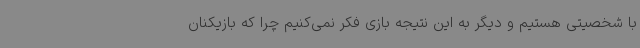
با شخصیتی هستیم و دیگر به این نتیجه بازی فکر نمی‌کنیم چرا که بازیکنان